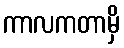
ကာလကတာမှိ